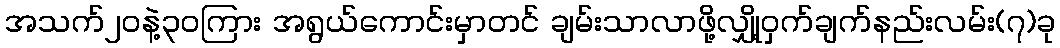
အသက်၂၀နဲ့၃၀ကြား အရွယ်ကောင်းမှာတင် ချမ်းသာလာဖို့လျှို့ဝှက်ချက်နည်းလမ်း(၇)ခု